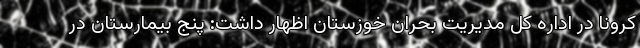
کرونا در اداره کل مدیریت بحران خوزستان اظهار داشت: پنج بیمارستان در